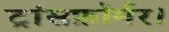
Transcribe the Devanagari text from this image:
ट्रांसफ़ॉर्मर।